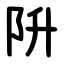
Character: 阩